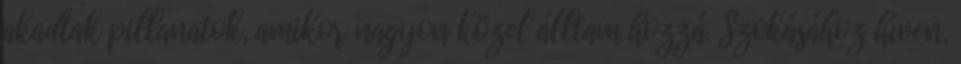
akadtak pillanatok, amikor nagyon közel álltam hozzá. Szokásához híven,